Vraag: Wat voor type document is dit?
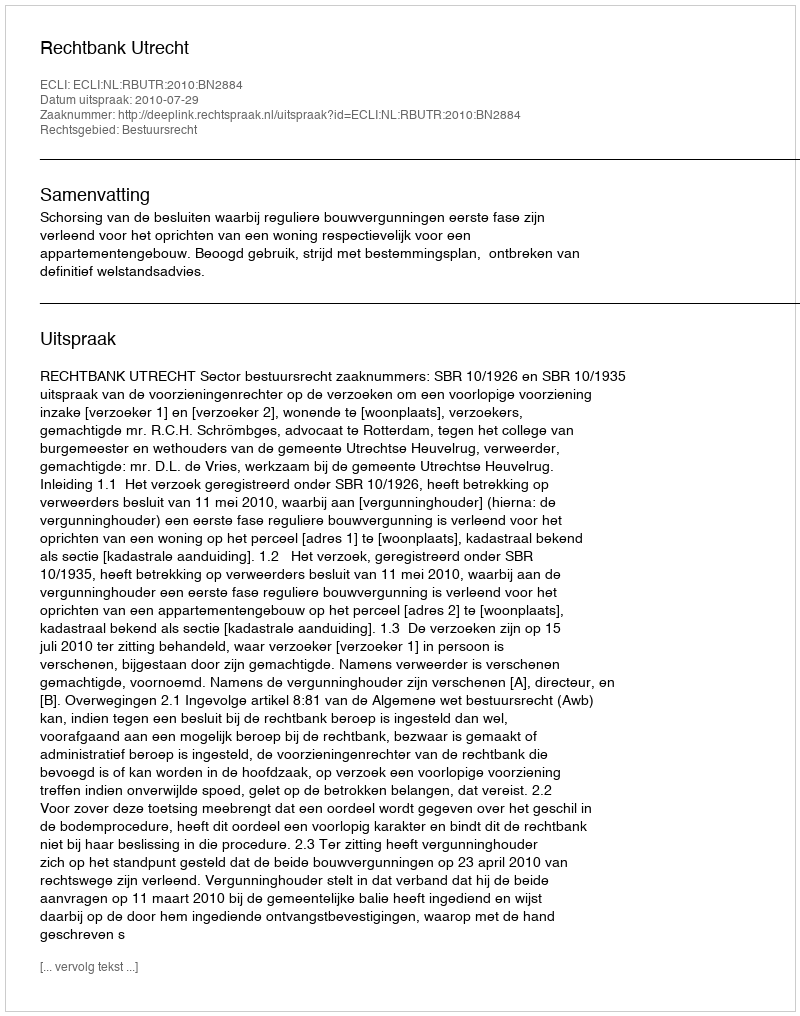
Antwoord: Uitspraak